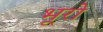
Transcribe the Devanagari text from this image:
भूरो